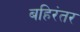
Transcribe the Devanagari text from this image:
बहिरंतर